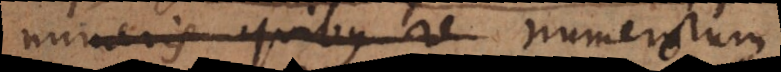
numeris quibus re numero